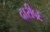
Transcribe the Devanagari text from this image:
दारी५६